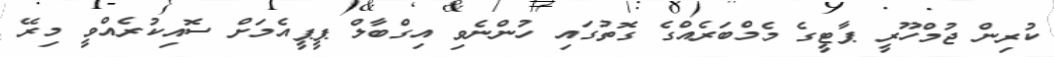
ކުރިން ޖުމްހޫރީ ޕާޓީގެ މެމްބަރެއްގެ ގޮތުގައި ހުންނެވި އިގްބާލް ޕީޕީއެމަށް ސޮއިކުރެއްވީ މިރޭ